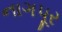
નાગપૂર